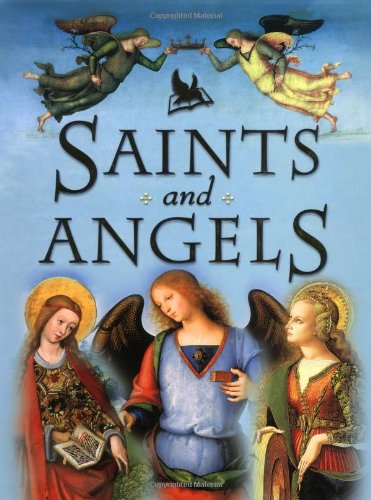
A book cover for Saints and Angels: Popular Stories of Familiar Saints; Claire Llewellyn; Children's Books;